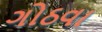
ગોઠવા